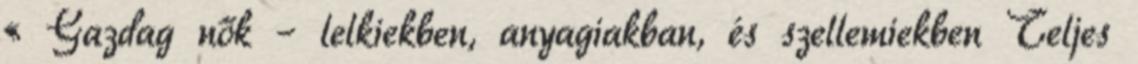
« Gazdag nők – lelkiekben, anyagiakban, és szellemiekben Teljes